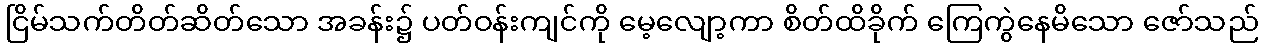
ငြိမ်သက်တိတ်ဆိတ်သော အခန်း၌ ပတ်ဝန်းကျင်ကို မေ့လျော့ကာ စိတ်ထိခိုက် ကြေကွဲနေမိသော ဇော်သည်